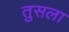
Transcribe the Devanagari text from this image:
तुसला